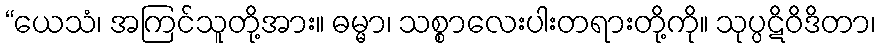
“ယေသံ၊ အကြင်သူတို့အား။ ဓမ္မာ၊ သစ္စာလေးပါးတရားတို့ကို။ သုပ္ပဋိဝိဒိတာ၊